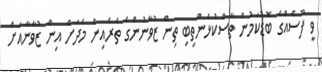
ވީ ފޫސެއްގެ ބޮޑުކަމުން ތާސްކުޅެންތިބި ތިން ޒުވާނުންގެ ތެރެއިން މެދަށް އިން ޒުވާނާއަށް